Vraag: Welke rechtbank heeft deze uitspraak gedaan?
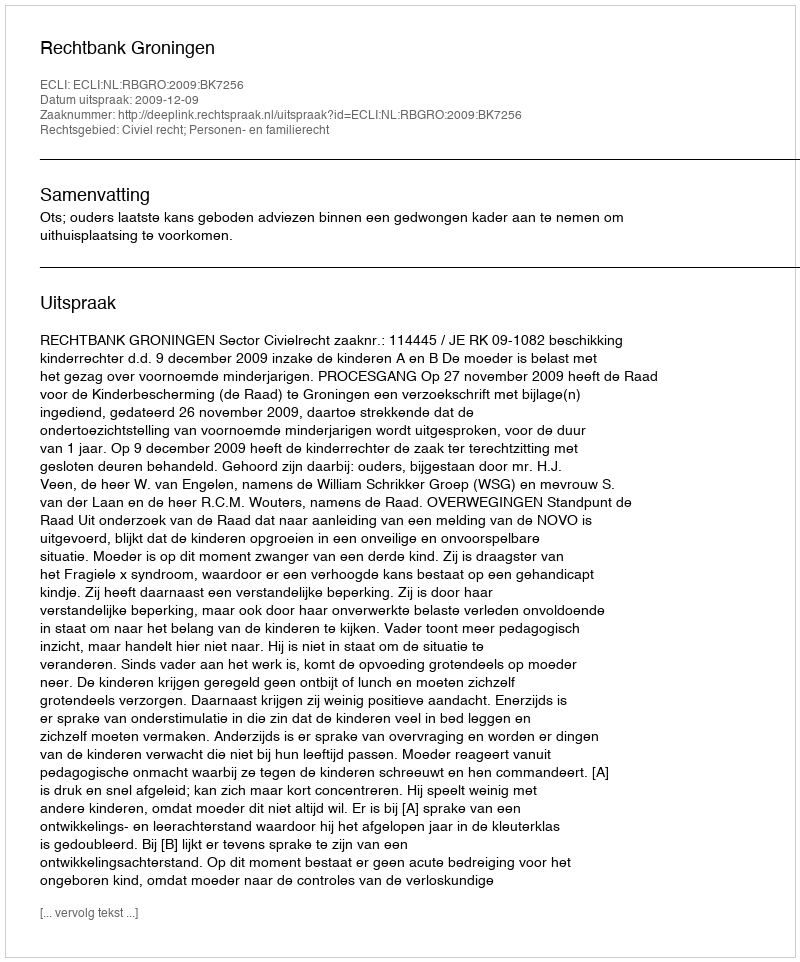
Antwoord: Rechtbank Groningen